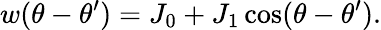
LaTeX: w(\theta-\theta^{\prime})=J_{0}+J_{1}\cos(\theta-\theta^{\prime}).